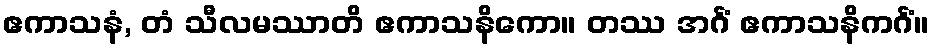
ဧကာသနံ, တံ သီလမဿာတိ ဧကာသနိကော။ တဿ အင်္ဂံ ဧကာသနိကင်္ဂံ။